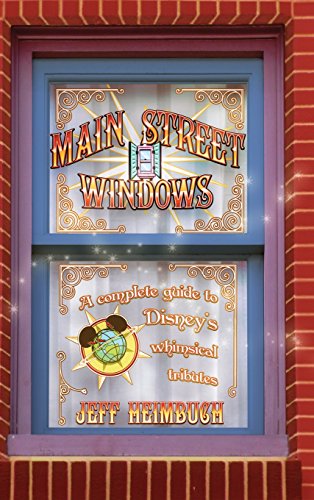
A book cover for Main Street Windows: A Complete Guide to Disney's Whimsical Tributes; Jeff Heimbuch; Arts & Photography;